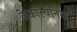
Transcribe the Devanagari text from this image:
केकाल्पनिक